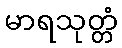
မာရသုတ္တံ